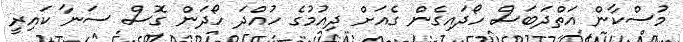
މުސްކާން އަތްދަބަސް ހޯދައިގެން ގެއަށް ދިއުމުގެ ހުއްދަ ހޯދަން ގޮސް ސަނާ ކައިރީ